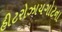
હીટરોઝાયગોટના